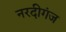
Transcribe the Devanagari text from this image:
नरदीगंज